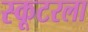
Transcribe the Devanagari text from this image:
स्कूटरला